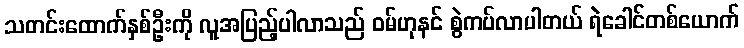
သတင်းထောက်နှစ်ဦးကို လူအပြည့်ပါလာသည် ဝမ်ဟုနင် စွဲကပ်လာပါတယ် ရဲခေါင်တစ်ယောက်